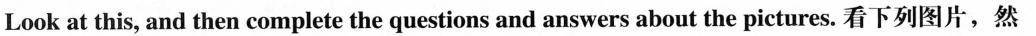
Look at this, and then complete thequestions and answers about the pictures. 看下列图片,然